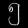
Digit: ၅